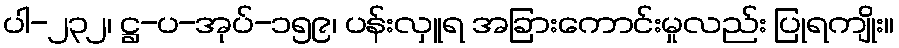
ပါ-၂၃၂၊ ဋ္ဌ-ပ-အုပ်-၁၅၉၊ ပန်းလှူရ အခြားကောင်းမှုလည်း ပြုရကျိုး။